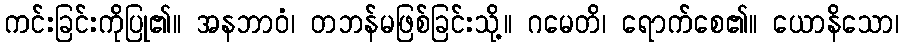
ကင်းခြင်းကိုပြု၏။ အနဘာဝံ၊ တဘန်မဖြစ်ခြင်းသို့။ ဂမေတိ၊ ရောက်စေ၏။ ယောနိသော၊